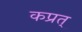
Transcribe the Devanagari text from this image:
कप्रत्